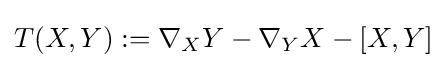
T(X,Y):=\nabla _{X}Y-\nabla _{Y}X-[X,Y]